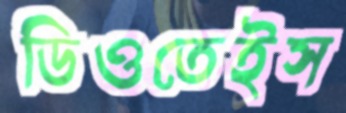
ডিওতেইস